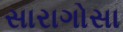
સારાગોસા